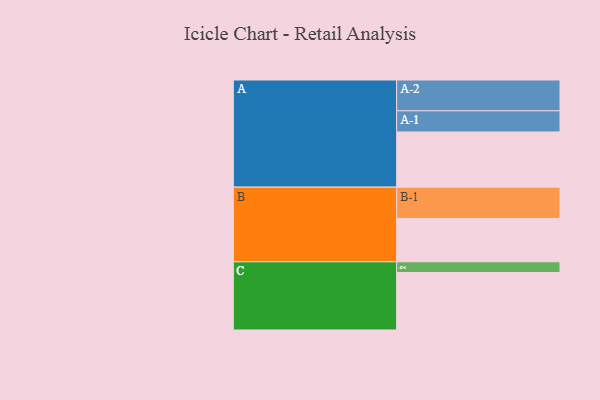
{"axis": {"x": "Segment", "y": "Value"}, "legend": ["", "A", "B", "C"], "data": [{"x": "A", "y": 513, "type": ""}, {"x": "B", "y": 403, "type": ""}, {"x": "C", "y": 534, "type": ""}, {"x": "A-1", "y": 197, "type": "A"}, {"x": "A-2", "y": 286, "type": "A"}, {"x": "B-1", "y": 291, "type": "B"}, {"x": "C-1", "y": 100, "type": "C"}]}